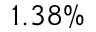
1 . 3 8 \%